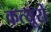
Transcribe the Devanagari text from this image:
कत्यूरों